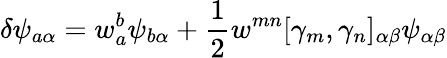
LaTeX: \delta\psi_{a\alpha}=w_{a}^{b}\psi_{b\alpha}+\frac{1}{2}w^{mn}[\gamma_{m},\gamma_{n}]_{\alpha\beta}\psi_{\alpha\beta}